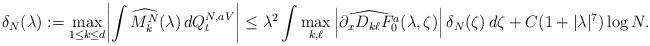
LaTeX: \begin{align*}\delta_N(\lambda):= \max_{1\le k\le d} \biggl|\int \widehat{M^N_k} (\lambda) \,dQ^{N,aV}_{t}\biggr|\le\lambda^2 \int \max_{k,\ell} \left|\widehat{ \partial_x D_{k\ell}F^a_0}(\lambda,\zeta)\right| \delta_N(\zeta) \,d\zeta + C(1+|\lambda|^7)\log N.\end{align*}